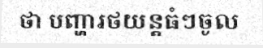
ថា បញ្ហារថយន្តធំៗចូល